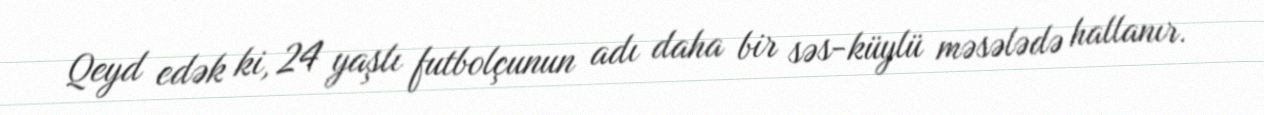
Qeyd edək ki, 24 yaşlı futbolçunun adı daha bir səs-küylü məsələdə hallanır.